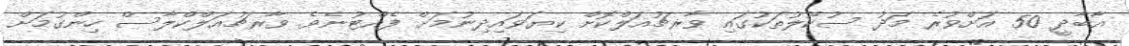
އާބާދީ 50 އަށްވުރެ މަދު ސުކޫލުތަކުގައި ވާރޗުއަލްކޮށް ކިޔަވައިދިނުމަށް ފެއްޓުނެވެ. ވާރޗުއަލްކްލާސް ހިންގުމަށް